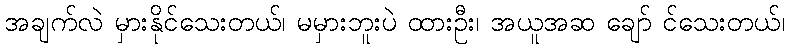
အချက်လဲ မှားနိုင်သေးတယ်၊ မမှားဘူးပဲ ထားဦး၊ အယူအဆ ချော် င်သေးတယ်၊